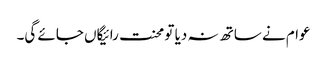
عوام نے ساتھ نہ دیا تو محنت رائیگاں جائے گی۔